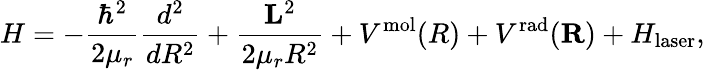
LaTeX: H=-\frac{\hbar^{2}}{2\mu_{r}}\frac{d^{2}}{dR^{2}}+\frac{{\mathbf L}^{2}}{2\mu_{r}R^{2}}+V^{\mathrm{mol}}(R)+V^{\mathrm{rad}}({\mathbf R})+H_{\mathrm{laser}},